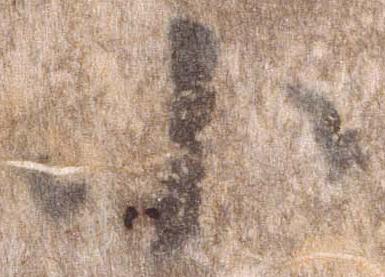
小